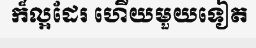
ក៏ល្អដែរ ហើយមួយទៀត